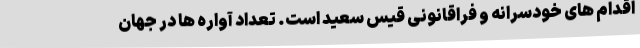
اقدام های خودسرانه و فراقانونی قیس سعید است. تعداد آواره ها در جهان